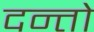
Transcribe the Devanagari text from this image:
दन्तो